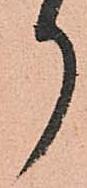
月